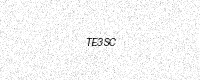
Text: TE3SC